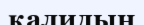
қалидың